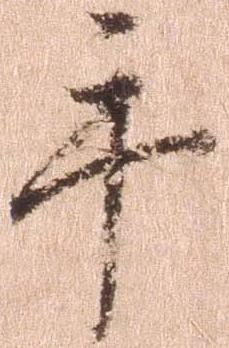
手